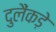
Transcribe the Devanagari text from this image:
दुलैंकड़े